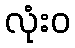
လုံးဝ